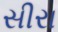
સીરા